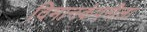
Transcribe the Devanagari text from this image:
विमानकंपनीला